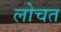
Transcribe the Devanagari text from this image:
लोचत